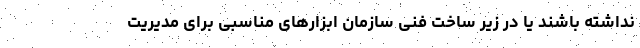
نداشته باشند یا در زیر ساخت فنی سازمان ابزارهای مناسبی برای مدیریت